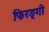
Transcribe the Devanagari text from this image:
फिरङ्गी